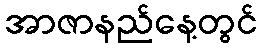
အာဇာနည်နေ့တွင်